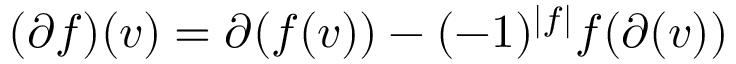
( \partial f ) ( v ) = \partial ( f ( v ) ) - ( - 1 ) ^ { \left| f \right| } f ( \partial ( v ) )